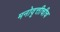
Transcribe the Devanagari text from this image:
मनोवृत्तीचीच